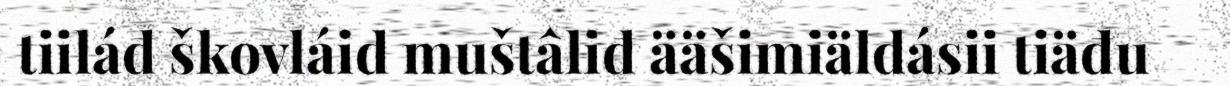
tiiláđ škovláid muštâliđ ääšimiäldásii tiäđu